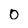
Character: o